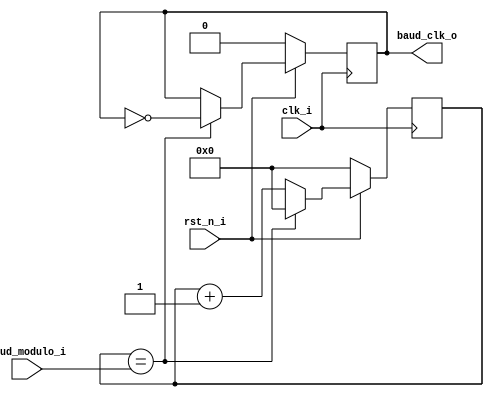
module baud_gen
(
  input clk_i, rst_n_i,
  // set baud rate 
  //
  input[WIDTH-1:0] baud_modulo_i, // sys_clk_i / baud_rate
  output baud_clk_o
);
//localparam WIDTH = $clog2(`B19200);
localparam WIDTH = 32;

/**************************************/

// generate clock
// RX/TX clk = sys_clk / baudrate
reg [WIDTH-1:0] baud_cnter_r;
reg baud_clk;
//always @ (posedge sys_clk_i, negedge rst_n_i) begin
always @ (posedge clk_i) begin
  if (~rst_n_i)  begin
    baud_cnter_r <= 0;
    baud_clk <= 0;
  end else 
  if (baud_cnter_r == baud_modulo_i) begin
    baud_cnter_r <= 0;
    baud_clk <= ~baud_clk;
  end
  else
    baud_cnter_r <= baud_cnter_r + 1;
end
// outputs
assign baud_clk_o = baud_clk;

endmodule